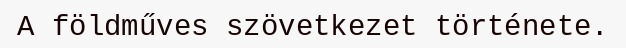
A földműves szövetkezet története.